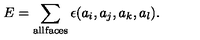
E = \sum _ { \mathrm { a l l f a c e s } } \epsilon ( a _ { i } , a _ { j } , a _ { k } , a _ { l } ) .